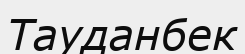
Тауданбек